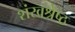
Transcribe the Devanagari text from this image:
शंखश्रेष्ठ